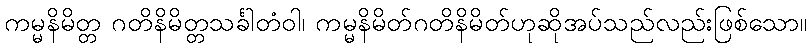
ကမ္မနိမိတ္တ ဂတိနိမိတ္တသင်္ခါတံဝါ၊ ကမ္မနိမိတ်ဂတိနိမိတ်ဟုဆိုအပ်သည်လည်းဖြစ်သော။